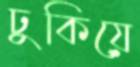
ঢুকিয়ে